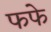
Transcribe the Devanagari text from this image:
फफे